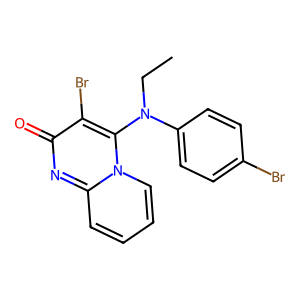
SMILES: CCN(c1ccc(Br)cc1)c1c(Br)c(=O)nc2ccccn12
Inhibits HIV replication: No